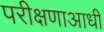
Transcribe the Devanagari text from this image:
परीक्षणाआधी